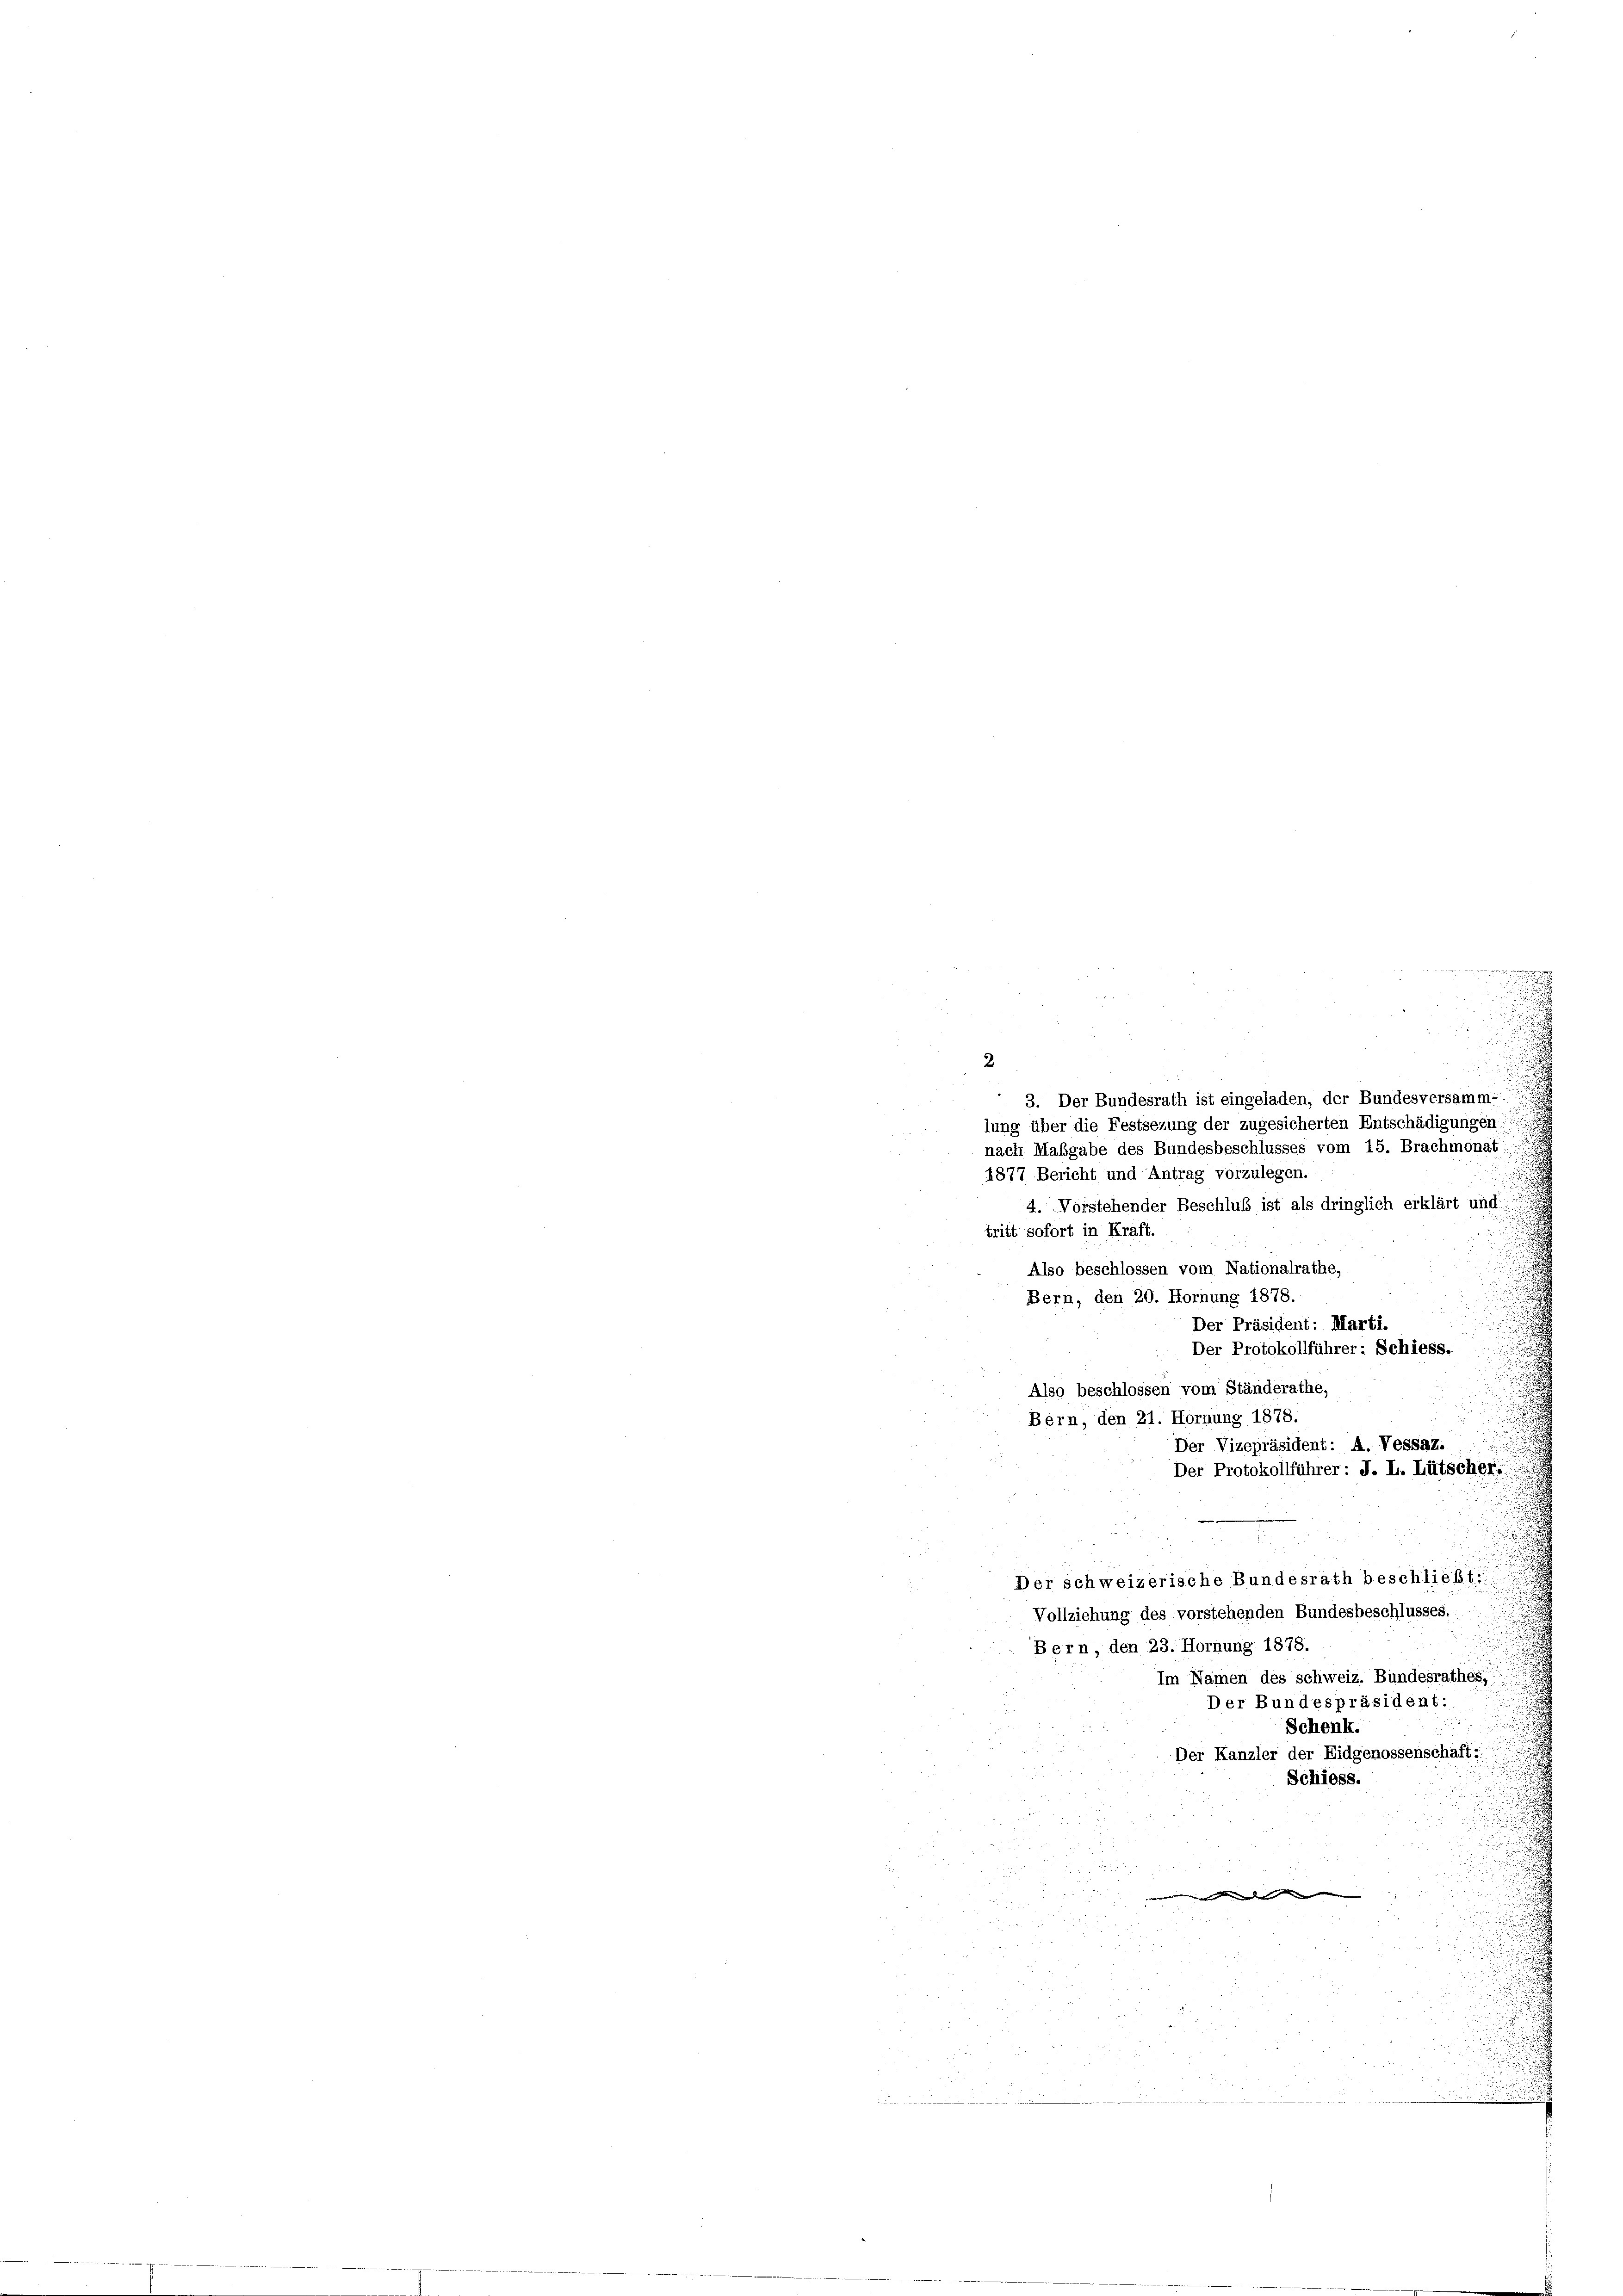
3. Der Bundesrath ist eingeladen, der Bundesversamm-
lung über die Festsezung der zugesicherten Entschädigungen
nach Maßgabe des Bundesbeschlusses vom 15. Brachmonat
1877 Bericht und Antrag vorzulegen.
4. Vorstehender Beschluß ist als dringlich erklärt und
tritt sofort in Kraft.
Also beschlossen vom Nationalrathe,
Bern, den 20. Hornung 1878.
Der Präsident: Marti.

Der Protokollführer: Schiess.
Also beschlossen vom Ständerathe,
Bern, den 21. Hornung 1878.
Der Vizepräsident: A. Vessaz.
Der Protokollführer: J. L. Lütscher
Der schweizerische Bundesrath beschließt:
Vollziehung des vorstehenden Bundesbeschlusses.
d
Bern, den 23. Hornung 1878.
Im Namen des schweiz. Bundesrathes,
Der Bundespräsident:
Schenk.
Der Kanzler der Eidgenossenschaft:
Schiess.
ru
 24 x
n

Nr 5 f 7 x
5
.

5 vo

2
i
.
u